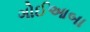
ગોઈઆબા